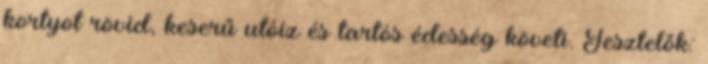
kortyot rövid, keserű utóíz és tartós édesség követi. Tesztelők: